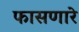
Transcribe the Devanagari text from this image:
फासणारे